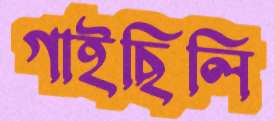
গাইছিলি